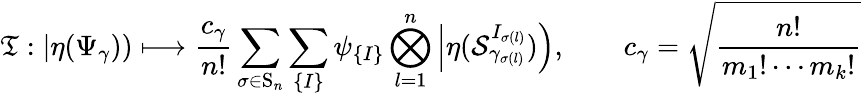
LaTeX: \mathfrak{T}:\left|\eta(\Psi_{\gamma})\right)\longmapsto\frac{c_{\gamma}}{n!}\sum_{\sigma\in\mathrm{S}_{n}}\sum_{\left\lbrace I\right\rbrace}\psi_{\left\lbrace I\right\rbrace}\bigotimes_{l=1}^{n}\left|\eta(\mathcal{S}_{\gamma_{\sigma(l)}}^{I_{\sigma(l)}})\right),\qquad c_{\gamma}=\sqrt{\frac{n!}{m_{1}!\cdots m_{k}!}}